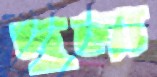
দুলা